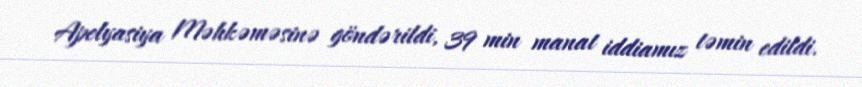
Apelyasiya Məhkəməsinə göndərildi, 39 min manat iddiamız təmin edildi.